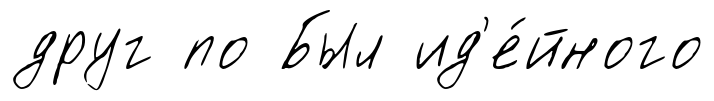
друг по Был ид'е́йного